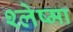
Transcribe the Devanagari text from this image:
श्‍लेष्‍मा